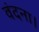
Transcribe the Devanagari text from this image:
वंदना।